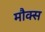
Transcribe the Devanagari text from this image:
मौक्स